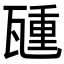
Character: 𬎮